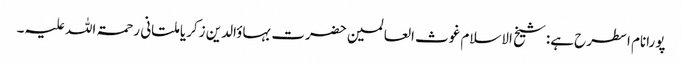
پورانام اسطرح ہے:شیخ الاسلام غوث العالمین حضرت بہاؤالدین زکریا ملتانی رحمۃ اللہ علیہ۔